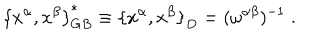
{ \{ x ^ { \alpha } , x ^ { \beta } \} } _ { G B } ^ { \ast } \equiv { \{ x ^ { \alpha } , x ^ { \beta } \} } _ { D } = ( \omega ^ { \alpha \beta } ) ^ { - 1 } \; .